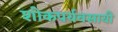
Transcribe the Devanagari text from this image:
शोकपर्यवसायी